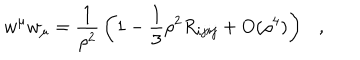
w ^ { \mu } w _ { \mu } = { \frac { 1 } { \rho ^ { 2 } } } \left( 1 - \frac 1 3 \rho ^ { 2 } R _ { i j i j } + O ( \rho ^ { 4 } ) \right) ,